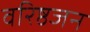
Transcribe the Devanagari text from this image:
वरिष्ठजन